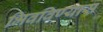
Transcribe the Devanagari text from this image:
भिवविण्यास